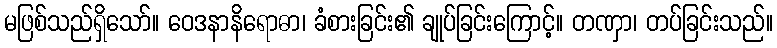
မဖြစ်သည်ရှိသော်။ ဝေဒနာနိရောဓာ၊ ခံစားခြင်း၏ ချုပ်ခြင်းကြောင့်။ တဏှာ၊ တပ်ခြင်းသည်။